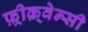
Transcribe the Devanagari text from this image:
फ़्रीक़्वेन्सी